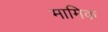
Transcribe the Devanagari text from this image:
मामिक